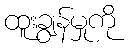
ထူးချွန်မှုကို